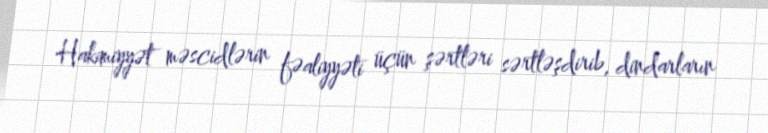
Hakimiyyət məscidlərin fəaliyyəti üçün şərtləri sərtləşdirib, dindarların